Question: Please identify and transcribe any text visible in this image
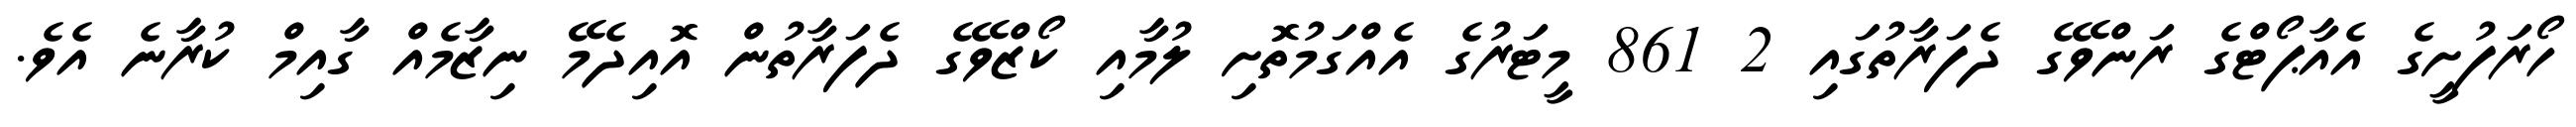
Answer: ހޯރަފުށީގެ އެއާޕޯޓްގެ ރަންވޭގެ ދެފަރާތުގައި 2 861 މީޓަރުގެ އެއްގަމުތޮށި ލުމާއި ކޯޒްވޭގެ ދެފަރާތުން އޮއިދެމޭ ނިޒާމެއް ގާއިމް ކުރާނެ އެވެ.